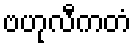
ဗဟုလီကတံ